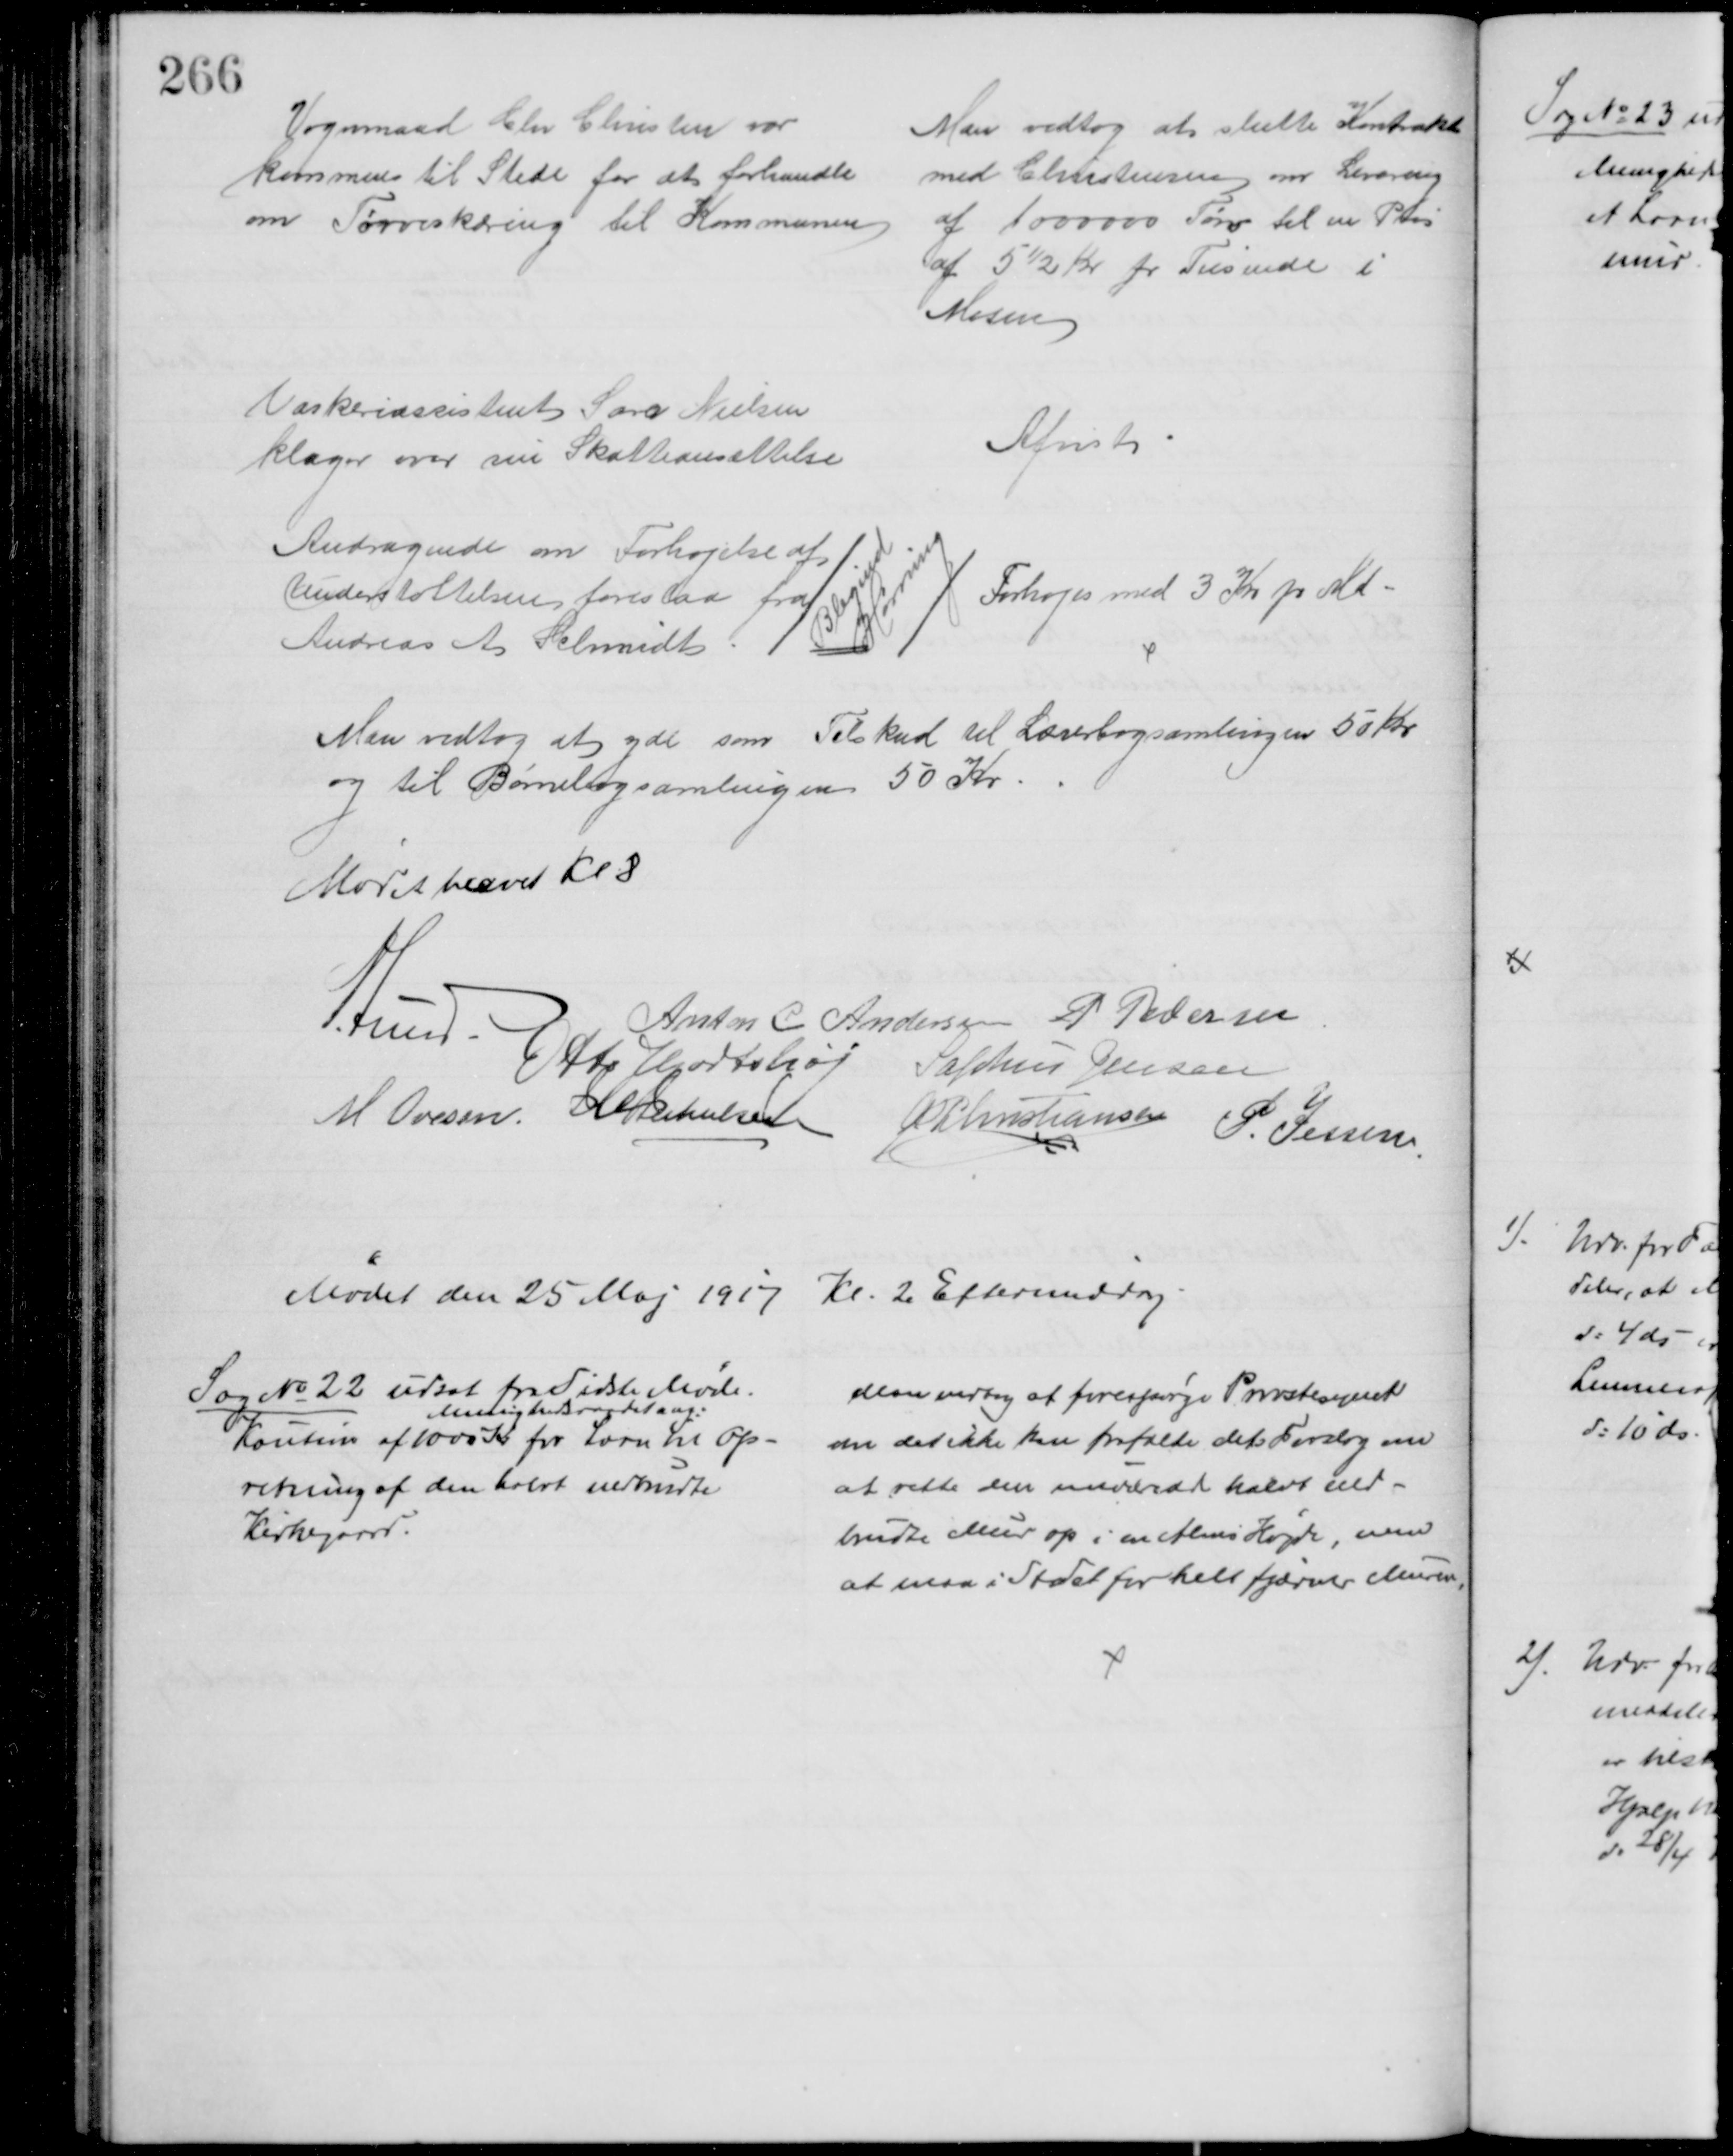
Transskription:
Vognmand Chr Christen var
kommen til Stede for at forhandle
om Tørveskæring til Kommunen
Man vedtog at slutte Kontrakt
med Christensen om Levering
af 1000000 Tørv til en Pris
af 5½ Kr pr Tusinde i
Mosen
Vaskeriassistent Sara Nielsen
klager over sin Skatteansættelse
Afvist
Andragende om Forhøjelse af 
Understøttelsen foreslaa fra
Andreas A Schmidt
Blegind
Hørning
Forhøjes med 3 Kr pr Md
Man vedtog at yde som Tilskud til Lærerbogsamlingen 50 Kr.
og til Børnebogsamlingen 50 Kr
Mødet hævet Kl 8
A Lund
Anton C Andersen P Pedersen
Otto Hjortshøj Sophus Jensen
M. Ovesen. J M Jakobsen A P Christiansen P. Jessen
Mødet den 25 Maj 1917 Kl. 2 Eftermiddag
Sag № 22 udsat fra Sidste Møde.
Menighedsraadet ang:
Kaution af 1000 Kr for Laan til Op-
retning af den halvt nedbrudte
Kirkegaard.
Man vedtog at forespørge Provstesynet
om det ikke kan frafalde det Forslag om
at rette den nuværende halvt ned-
brudte Mur op i en Alens Højde, men
at man i Stedet for helt fjærner Muren